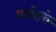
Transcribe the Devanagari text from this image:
यत्रोक्तं